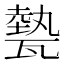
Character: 𤮅